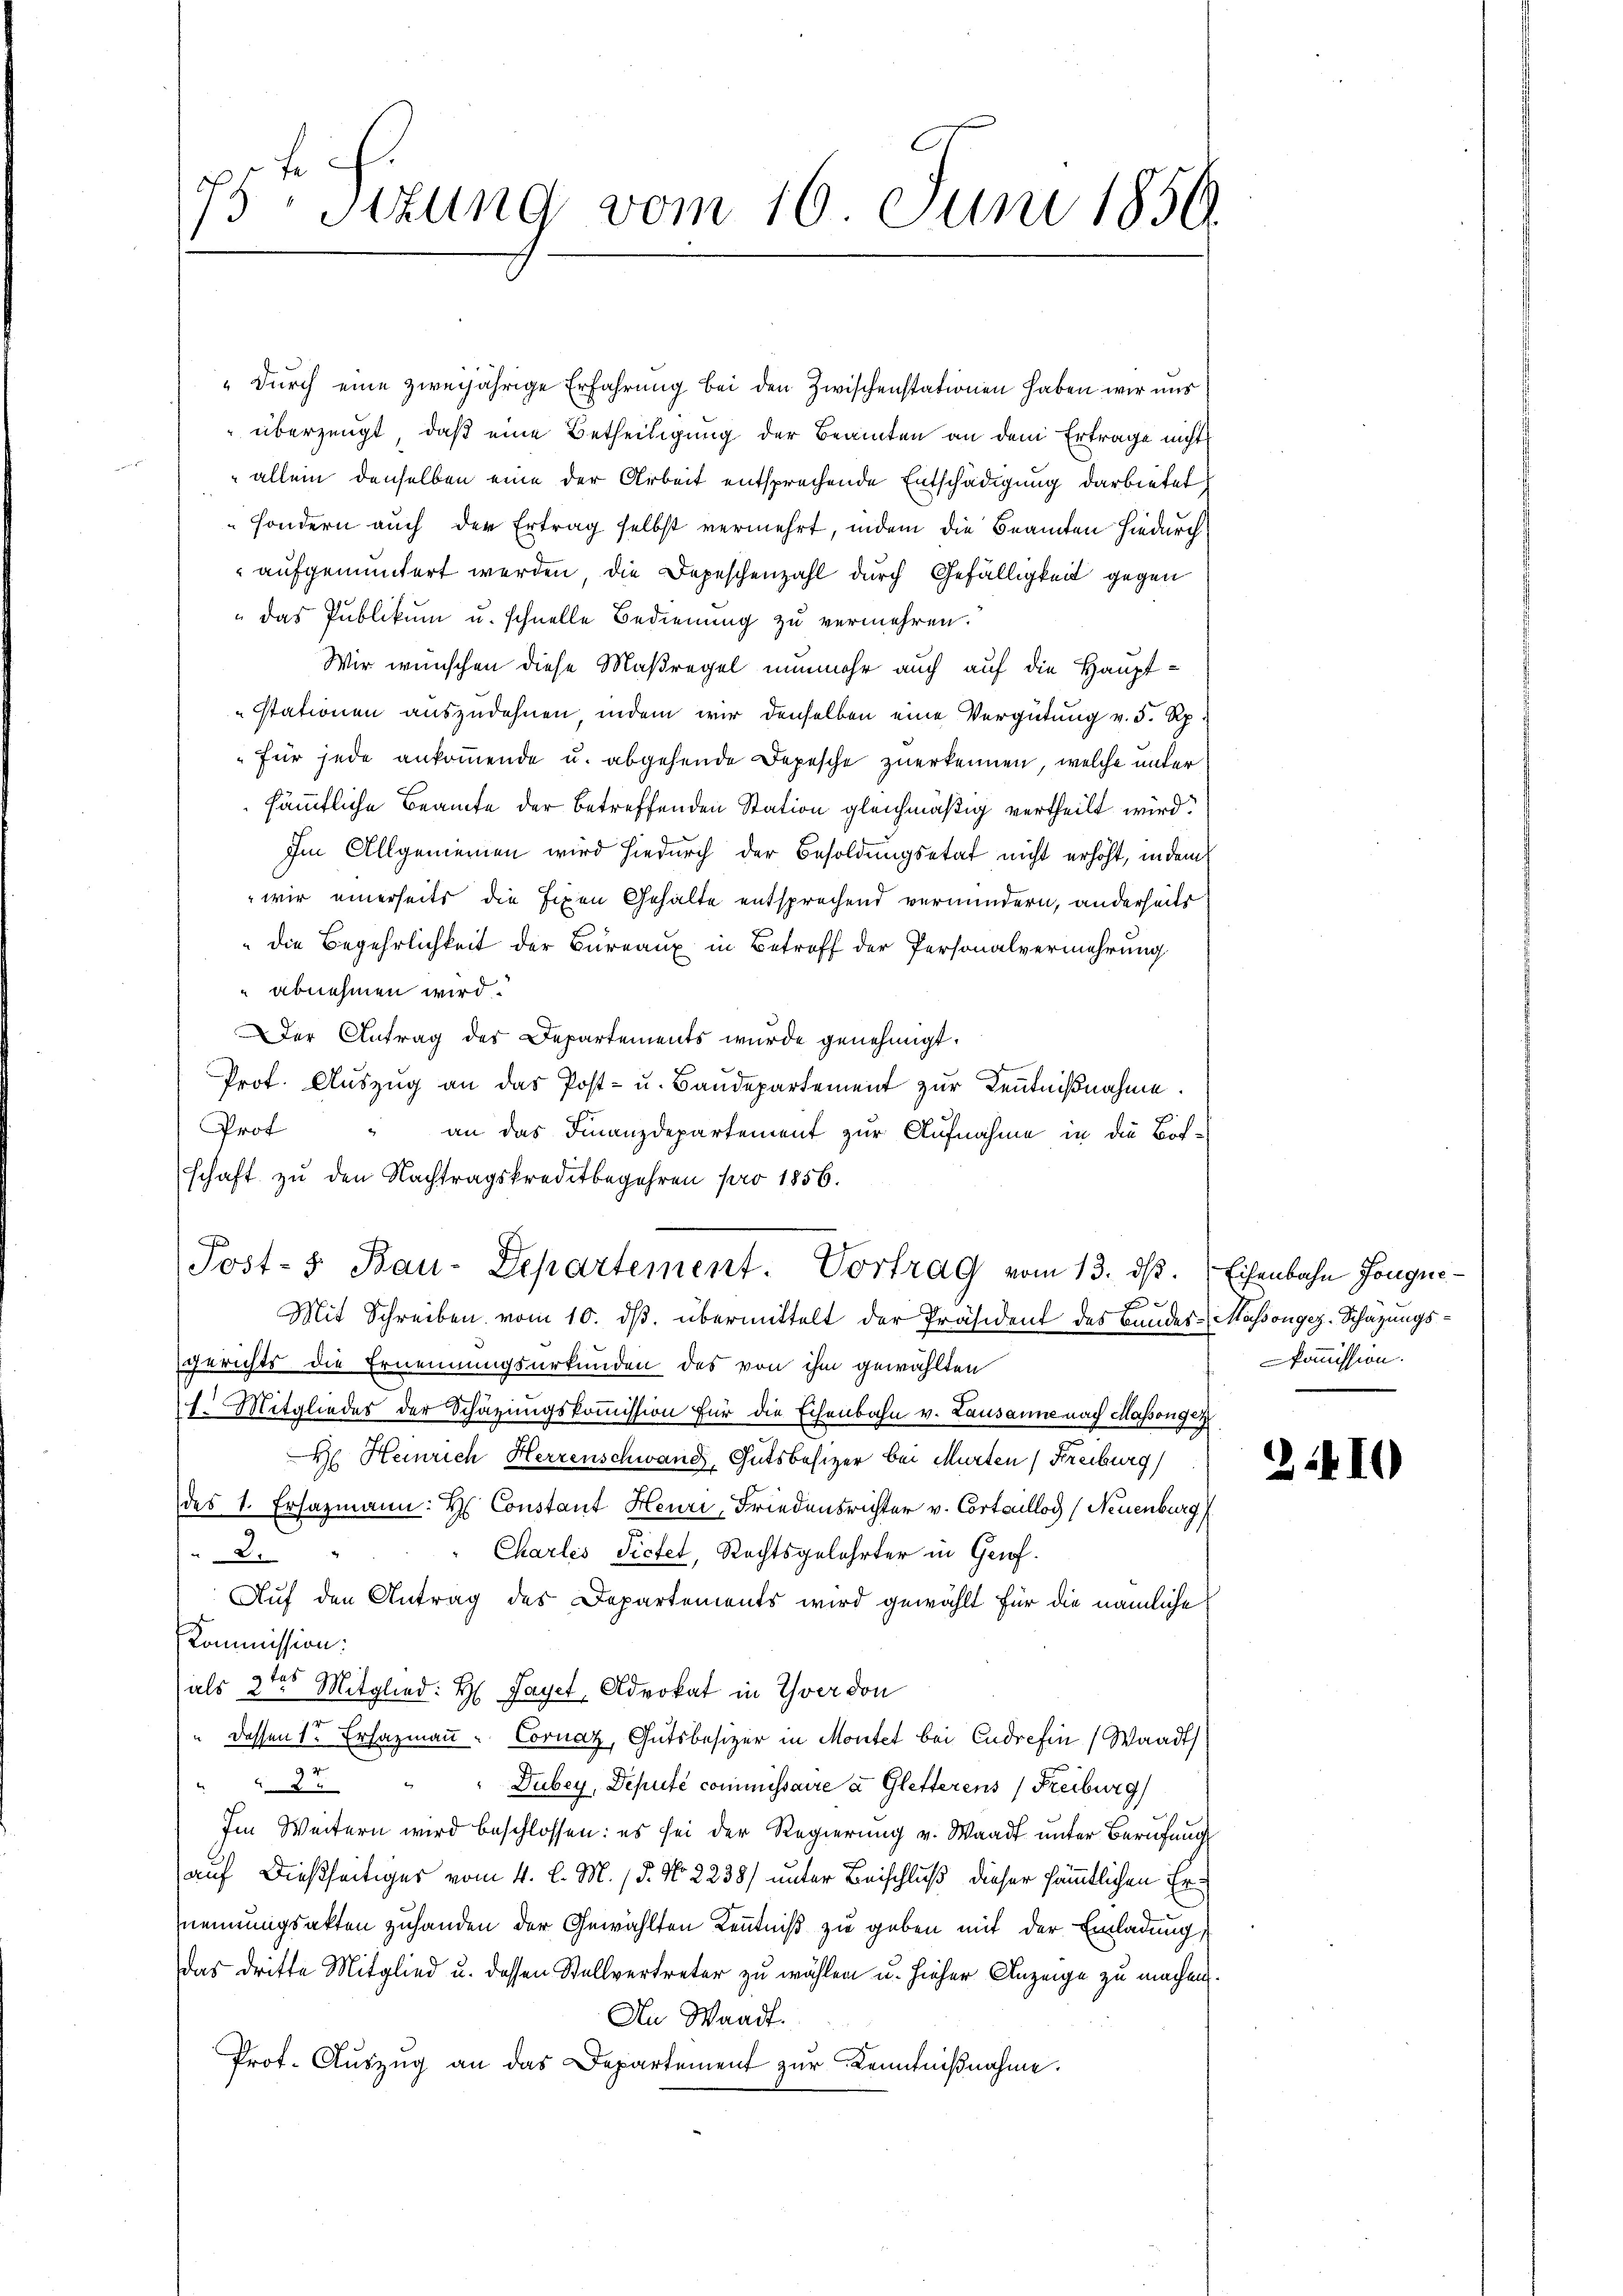
E
sizung vom 16. Juni 1856.

"Durch eine zweijährige Erfahrung bei den Zwischenstationen haben wir uns
 überzeugt, daß eine Betheiligung der Beamten an dem Ertrage nicht
 allein denselben eine der Arbeit entsprechende Entschädigung darbietet
sondern auch der Ertrag selbst vermehrt, indem die Beamten hiedurch
aufgemuntert werden, die Depeschenzahl durch Gefälligkeit gegen
das Publikum u. schnelle Bedienung zu vermehren.
Wir wünschen diese Maßregel nunmehr auch auf die Haupt¬
Stationen auszudehnen, indem wir denselben eine Vergütung v. 5. Rp
für jede ankommende u. abgehende Depesche zuerkennen, welche unter
sämmtliche Beamte der betreffenden Station gleichmäßig vertheilt wird.
Im Allgemeinen wird hiedurch der Besoldungsetat nicht erhöht, indem
 wir einerseits die fixen Gehalte entsprechend vermindern, anderseits
die Begehrlichkeit der Bureaux in Betreff der Personalvermehrung
 abnehmen wird.
Der Antrag des Departements wurde genehmigt.
Prof. Auszug an das Post- u. Baudepartement zur Kenntnißnahme.
Prof
an das Finanzdepartement zur Aufnahme in die Bös-
schaft zu den Nachtragskreditbegehren pro 1856.
Post- 5. Bau-Departement. Vortrag vom 13. dβ. Eisenbahn Jonguef ex
Mit Schreiben vom 10. ds. übermittelt der Präsident des Bundes-Maßongez-Schatzungsgerichts die Ernennungsurkunden des von ihm gewählten
1. Mitgliedes der Schazungskoṁission für die Echenbahn v. Lausanne nach Massongez
H. Heinrich Herrenschwand Gutsbesizer bei Murten (Freiburg
des 1. Ersazmann: H Constant Heuri, Friedensrichter v. Cortaillos (Neuenburg
Charlis Pictet, Rechtsgelehrter in Genf.
2.
Auf den Antrag des Departements wird gewählt für die nämliche
Kommission:
als 2ten Mitglied: H Payer, Advokat in Yverdon
r
dessen 1. Erhazmann - Cornaz, Gutsbesizer in Montet bei Cudrefin (Waadt
e
Dubey, Deputé commissaire a. Gletterens (Freiburg
2
Im Weitern wird beschlossen: es sei der Regierung v. Waadt unter Berufung
auf dießseitiges vom 4. l. M. / 5. No. 2238) unter Beischluß dieser sämmtlichen Ernennungsakten zuhanden der Gewählten Kenntniß zu geben mit der Einladung
das dritte Mitglied u. dessen Stellvertreter zu wählen u. hieher Anzeige zu machen.
An Waadt.
Prot. Auszug an das Departement zur Kenntnißnahme.

Kommission.

2.410